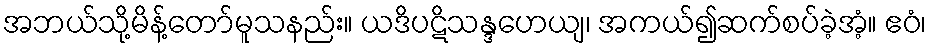
အဘယ်သို့မိန့်တော်မူသနည်း။ ယဒိပဋိသန္ဒဟေယျ၊ အကယ်၍ဆက်စပ်ခဲ့အံ့။ ဧဝံ၊